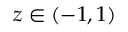
z \in ( - 1 , 1 )